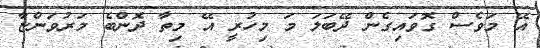
އޭ މަވެސް ގޮވައިގެން ދޭބަލަ މަ މިހުރީ އޭ މިތާ ދޮންބެ މަރުވަންޏާ